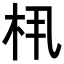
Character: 𬂤